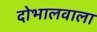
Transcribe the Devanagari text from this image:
दोभालवाला